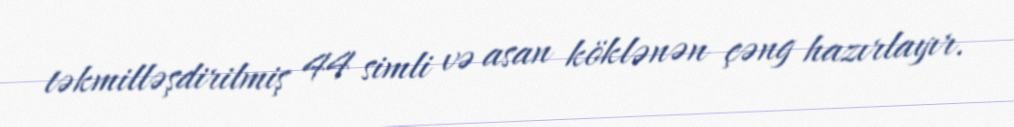
təkmilləşdirilmiş 44 simli və asan köklənən çəng hazırlayır.